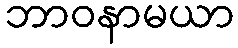
ဘာဝနာမယာ